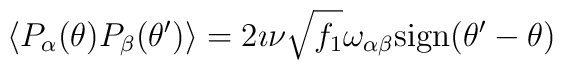
\left \langle P_{\alpha}(\theta) P_{\beta}(\theta') \right \rangle =2\imath \nu\sqrt{f_1} \omega_{\alpha \beta} {\rm sign}(\theta'-\theta)